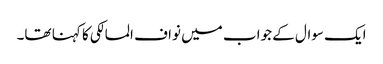
ایک سوال کے جواب میں نواف المالکی کا کہنا تھا۔